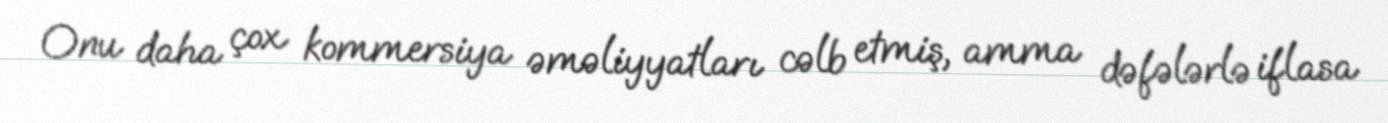
Onu daha çox kommersiya əməliyyatları cəlb etmiş, amma dəfələrlə iflasa